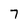
Character: 7